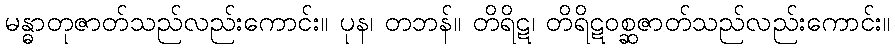
မန္ဓာတုဇာတ်သည်လည်းကောင်း။ ပုန၊ တဘန်။ တိရိဋ၊ တိရိဋဝစ္ဆဇာတ်သည်လည်းကောင်း။